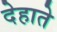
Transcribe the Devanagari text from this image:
देहाते